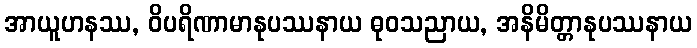
အာယူဟနဿ, ဝိပရိဏာမာနုပဿနာယ ဓုဝသညာယ, အနိမိတ္တာနုပဿနာယ